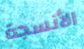
الأنسجة